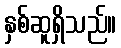
နှစ်ဆူရှိသည်။